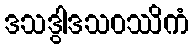
ဒသဒွါဒသဝဿိကံ